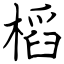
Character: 槄